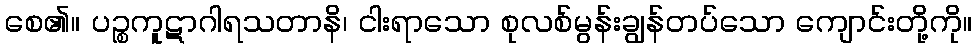
စေ၏။ ပဉ္စကူဋာဂါရသတာနိ၊ ငါးရာသော စုလစ်မွန်းချွန်တပ်သော ကျောင်းတို့ကို။